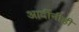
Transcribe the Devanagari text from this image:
आदींनीही